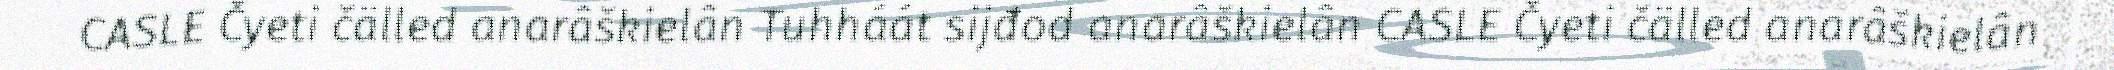
CASLE Čyeti čälled anarâškielân Tuhháát sijđod anarâškielân CASLE Čyeti čälled anarâškielân